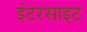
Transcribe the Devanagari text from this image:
इंटरसाइट